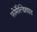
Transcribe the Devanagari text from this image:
फोर्मेल्डिहाइड